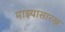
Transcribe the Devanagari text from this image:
माझ्यासारख